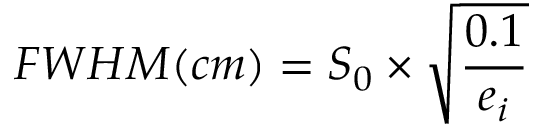
F W H M ( c m ) = S _ { 0 } \times \sqrt { \frac { 0 . 1 } { e _ { i } } }